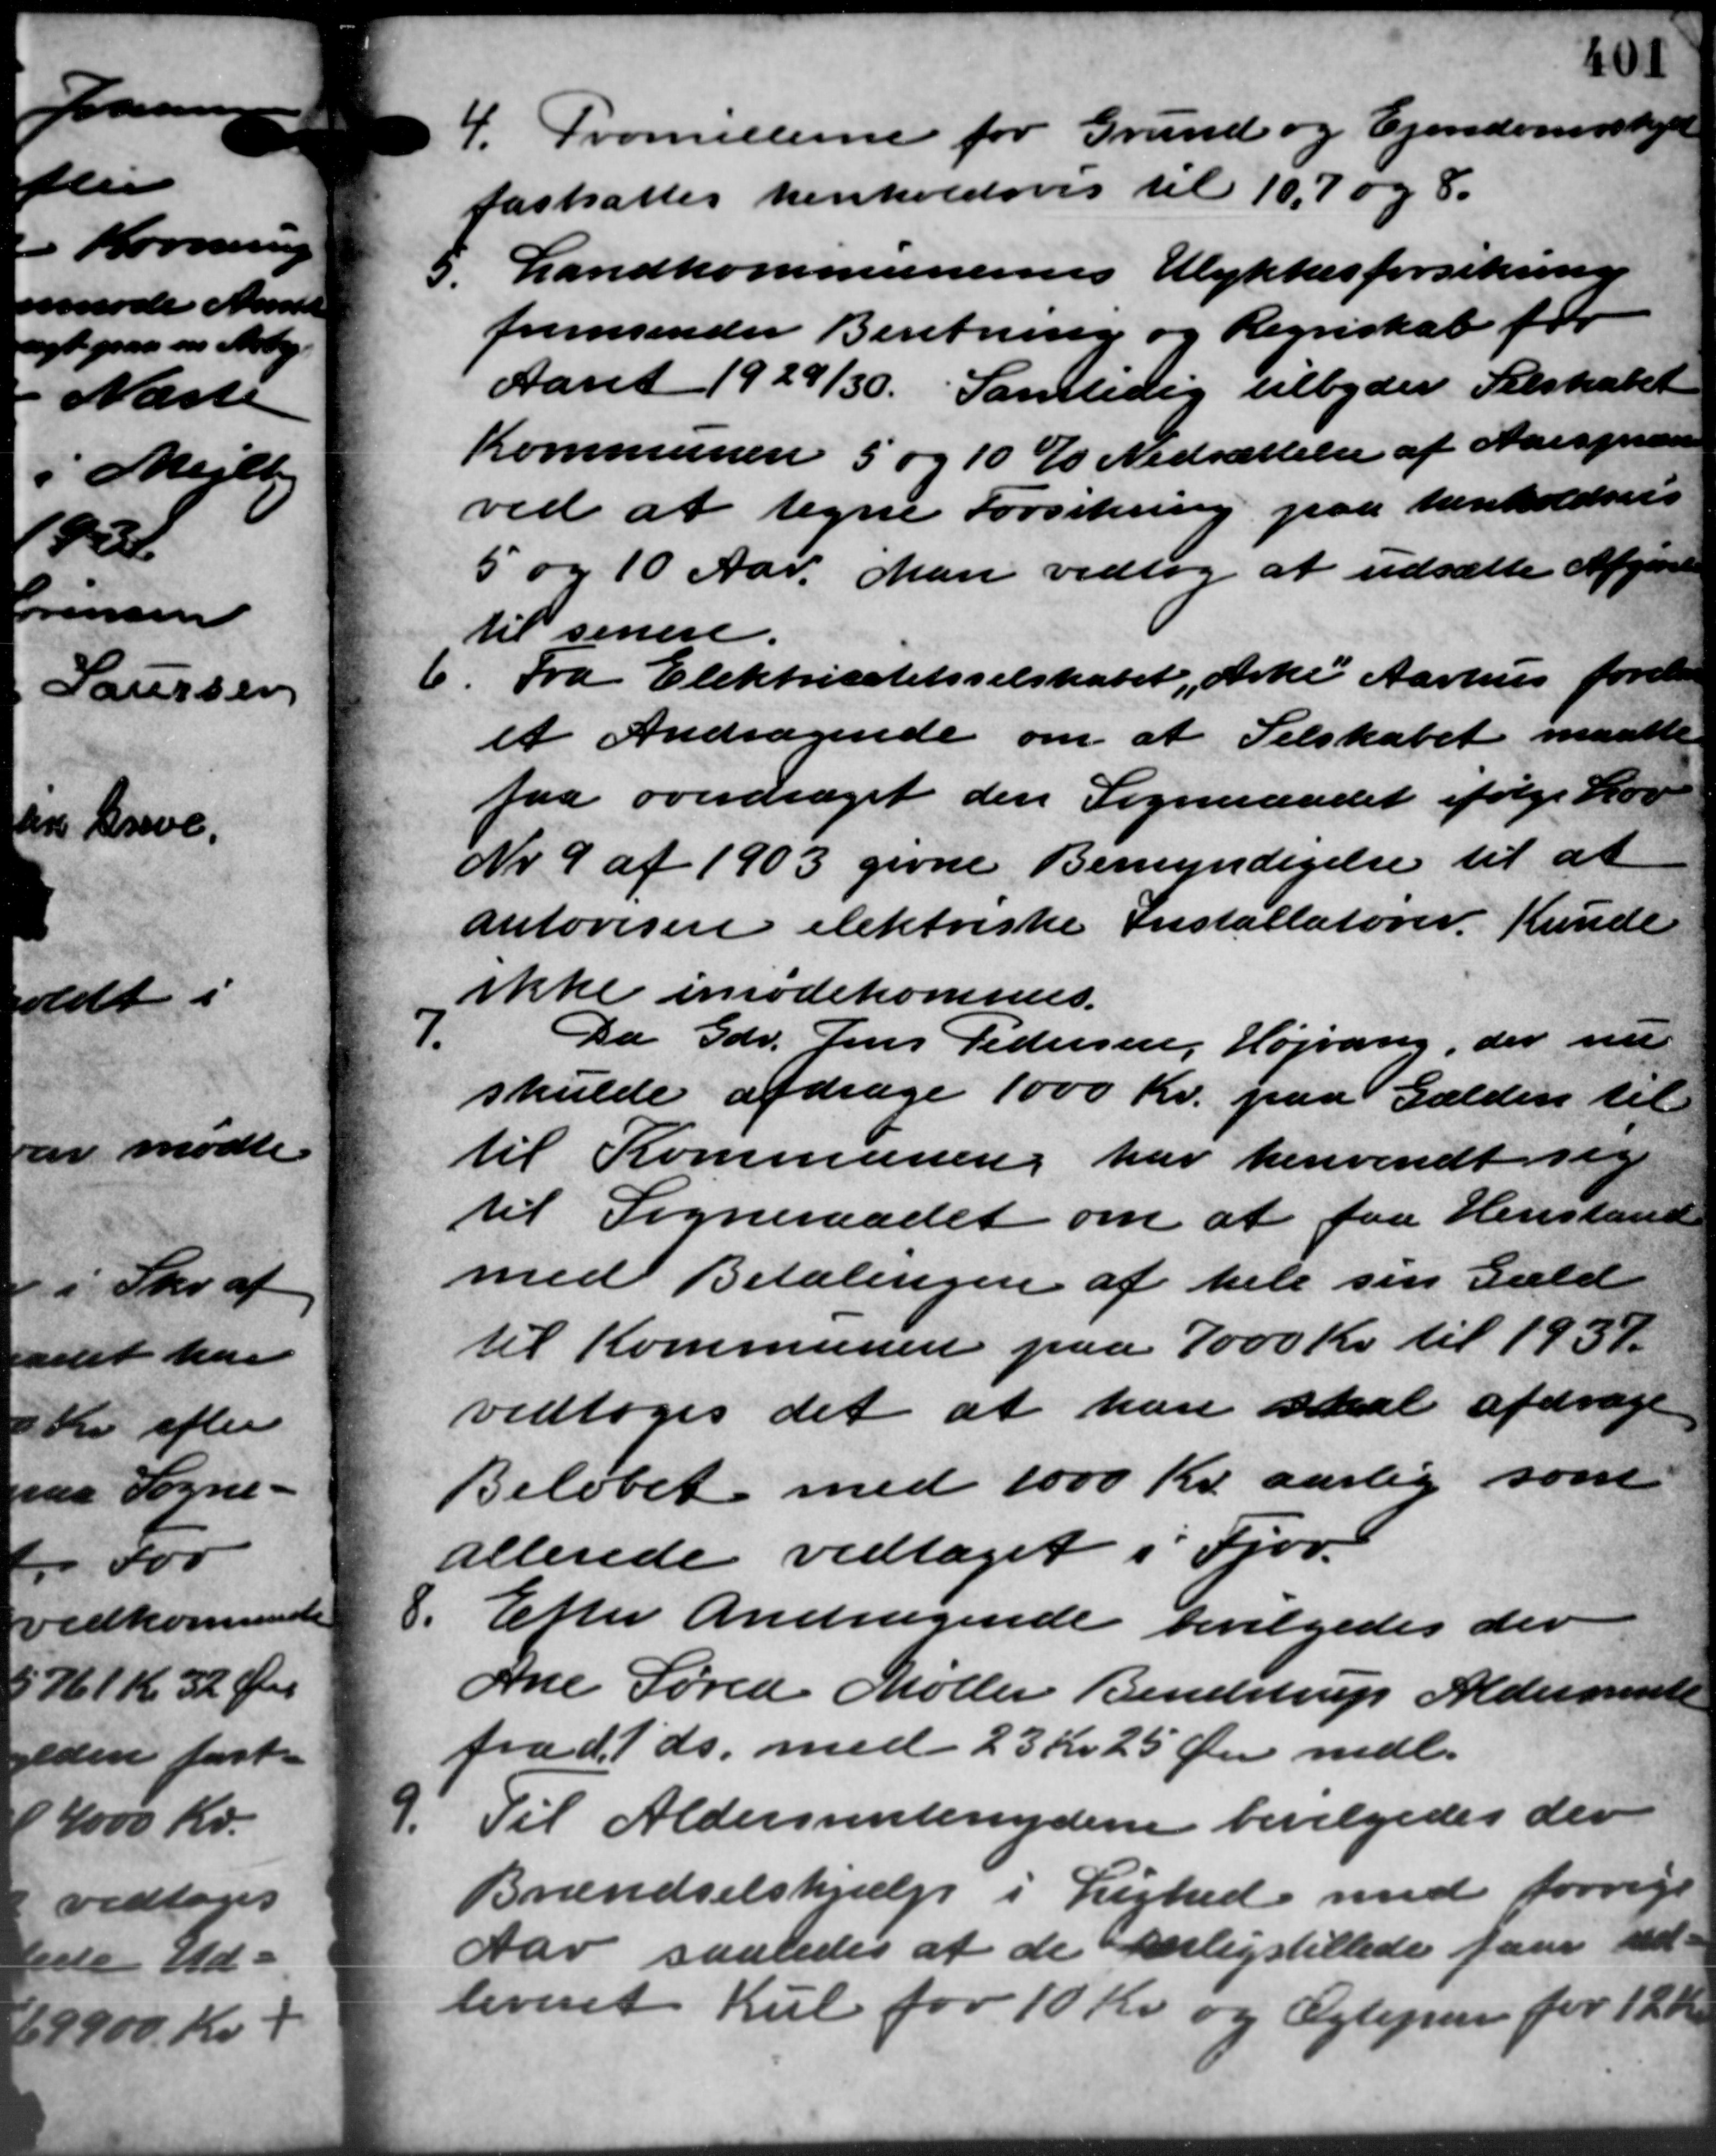
Transskription:
4. Promillerne for Grund og Ejendomsskjæl
4. Promillerne for Grund og Ejendomsskjæl
fastsattes henholdsvis til 10,7 og 8.
5. Landkommunernes Ulykkesforsikring
5. Landkommunernes Ulykkesforsikring
fremsender Beretning og Regnskab for
Aaret 1929/30. Samtidig tilbyder Selskabet
Kommunen 5 og 10 % Nedsættelse af Aarspræsen
ved at tegne Forsikring paa henholdsvis
5 og 10 Aar. Man vedtog at udsætte Afgørelse
til senere.
6
Fra Elektricitetsselskabet Arki Aarhus forelaa
et Andragende om at Selskabet maatte
faa overdraget den Sogneraadet ifølge Lov
Nr. 9 af 1903 givne Bemyndigelse til at
autovsen elektriske Installatører. Kunde
ikke imødekommes.

Da Gdr. Jens Pedersen, Højvang, der nu
skulde afdrage 1000 Kr. paa Gælden til
til Kommunen har henvendt sig
til Sogneraadet om at faa Henstand
med Betalingen af hele sin Gæld
til Kommunen paa 7000 Kr. til 1937.
vedtoges det at han skal afdrage
Beløbet med 1000 Kr. aarlig som
allerede vedtaget i Fjor.
8.
Efter Andragende bevilgedes der
Ane Søren Møller Bendstrup Aldersrente
fra d. 1´ds. med 23 Kr. 25 Øre mdl.
9.
Til Aldersrentenydere bevilgedes der
Brændselshjælp i Lighed med forrige
Aar saaledes at de Anligstillede faar ud-
leveret Kul for 10 Kr. og Ægtepar for 12 Kr.